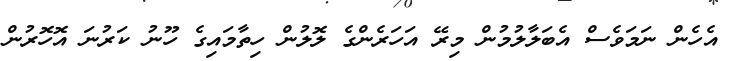
އެހެން ނަމަވެސް އެބަލާލުމުން މިރޭ އަހަރެންގެ ލޮލުން ހިތާމައިގެ ހޫނު ކަރުނަ އޮހޮރުން